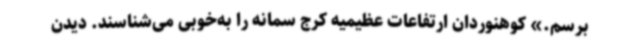
برسم.» کوهنوردان ارتفاعات عظیمیه کرج سمانه را به‌خوبی می‌شناسند. دیدن